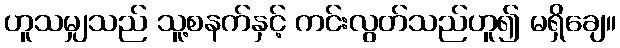
ဟူသမျှသည် သူ့စနက်နှင့် ကင်းလွတ်သည်ဟူ၍ မရှိချေ။